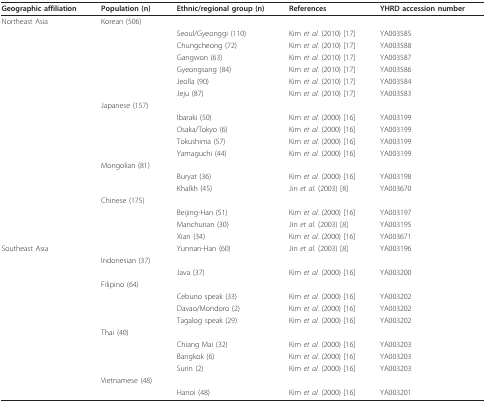
<table><thead><tr><td><b>Geographic affiliation</b></td><td><b>Population (n)</b></td><td><b>Ethnic/regional group (n)</b></td><td><b>References</b></td><td><b>YHRD accession number</b></td></tr></thead><tbody><tr><td>Northeast Asia</td><td>Korean (506)</td><td></td><td></td><td></td></tr><tr><td></td><td></td><td>Seoul/Gyeonggi (110)</td><td>Kim <i>et al</i>. (2010) [17]</td><td>YA003585</td></tr><tr><td></td><td></td><td>Chungcheong (72)</td><td>Kim <i>et al</i>. (2010) [17]</td><td>YA003588</td></tr><tr><td></td><td></td><td>Gangwon (63)</td><td>Kim <i>et al</i>. (2010) [17]</td><td>YA003587</td></tr><tr><td></td><td></td><td>Gyeongsang (84)</td><td>Kim <i>et al</i>. (2010) [17]</td><td>YA003586</td></tr><tr><td></td><td></td><td>Jeolla (90)</td><td>Kim <i>et al</i>. (2010) [17]</td><td>YA003584</td></tr><tr><td></td><td></td><td>Jeju (87)</td><td>Kim <i>et al</i>. (2010) [17]</td><td>YA003583</td></tr><tr><td></td><td>Japanese (157)</td><td></td><td></td><td></td></tr><tr><td></td><td></td><td>Ibaraki (50)</td><td>Kim <i>et al</i>. (2000) [16]</td><td>YA003199</td></tr><tr><td></td><td></td><td>Osaka/Tokyo (6)</td><td>Kim <i>et al</i>. (2000) [16]</td><td>YA003199</td></tr><tr><td></td><td></td><td>Tokushima (57)</td><td>Kim <i>et al</i>. (2000) [16]</td><td>YA003199</td></tr><tr><td></td><td></td><td>Yamaguchi (44)</td><td>Kim <i>et al</i>. (2000) [16]</td><td>YA003199</td></tr><tr><td></td><td>Mongolian (81)</td><td></td><td></td><td></td></tr><tr><td></td><td></td><td>Buryat (36)</td><td>Kim <i>et al</i>. (2000) [16]</td><td>YA003198</td></tr><tr><td></td><td></td><td>Khalkh (45)</td><td>Jin <i>et al</i>. (2003) [8]</td><td>YA003670</td></tr><tr><td></td><td>Chinese (175)</td><td></td><td></td><td></td></tr><tr><td></td><td></td><td>Beijing-Han (51)</td><td>Kim <i>et al</i>. (2000) [16]</td><td>YA003197</td></tr><tr><td></td><td></td><td>Manchurian (30)</td><td>Jin <i>et al</i>. (2003) [8]</td><td>YA003195</td></tr><tr><td></td><td></td><td>Xian (34)</td><td>Kim <i>et al</i>. (2000) [16]</td><td>YA003671</td></tr><tr><td>Southeast Asia</td><td></td><td>Yunnan-Han (60)</td><td>Jin <i>et al</i>. (2003) [8]</td><td>YA003196</td></tr><tr><td></td><td>Indonesian (37)</td><td></td><td></td><td></td></tr><tr><td></td><td></td><td>Java (37)</td><td>Kim <i>et al</i>. (2000) [16]</td><td>YA003200</td></tr><tr><td></td><td>Filipino (64)</td><td></td><td></td><td></td></tr><tr><td></td><td></td><td>Cebuno speak (33)</td><td>Kim <i>et al</i>. (2000) [16]</td><td>YA003202</td></tr><tr><td></td><td></td><td>Davao/Mondoro (2)</td><td>Kim <i>et al</i>. (2000) [16]</td><td>YA003202</td></tr><tr><td></td><td></td><td>Tagalog speak (29)</td><td>Kim <i>et al</i>. (2000) [16]</td><td>YA003202</td></tr><tr><td></td><td>Thai (40)</td><td></td><td></td><td></td></tr><tr><td></td><td></td><td>Chiang Mai (32)</td><td>Kim <i>et al</i>. (2000) [16]</td><td>YA003203</td></tr><tr><td></td><td></td><td>Bangkok (6)</td><td>Kim <i>et al</i>. (2000) [16]</td><td>YA003203</td></tr><tr><td></td><td></td><td>Surin (2)</td><td>Kim <i>et al</i>. (2000) [16]</td><td>YA003203</td></tr><tr><td></td><td>Vietnamese (48)</td><td></td><td></td><td></td></tr><tr><td></td><td></td><td>Hanoi (48)</td><td>Kim <i>et al</i>. (2000) [16]</td><td>YA003201</td></tr></tbody></table>